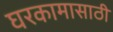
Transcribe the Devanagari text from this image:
घरकामासाठी